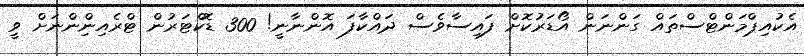
އެކުއިޕްމަންޓްސްތައް ގަންނަން އޯޑަރުކޮށް ފައިސާވެސް ދައްކާފަ އޮންނާނީ! 300 ޑޮކްޓަރުން ޓްރެއިންިންނަށް ވީ